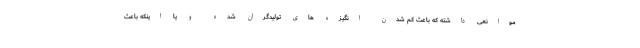
موانعی داشته که باعث کم شدن انگیزه های تولیدگران شده و یا اینکه باعث